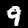
Digit: 9